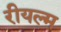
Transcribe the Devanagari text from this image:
रीयल्म